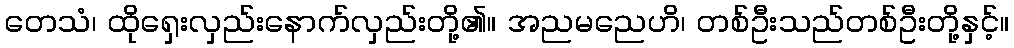
တေသံ၊ ထိုရှေးလှည်းနောက်လှည်းတို့၏။ အညမညေဟိ၊ တစ်ဦးသည်တစ်ဦးတို့နှင့်။